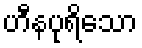
ဟီနပုရိသော